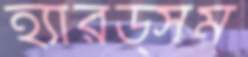
হ্যারড্সম